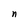
Character: n